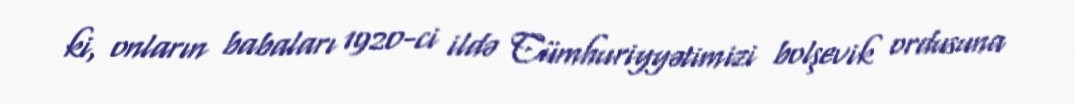
ki, onların babaları 1920-ci ildə Cümhuriyyətimizi bolşevik ordusuna